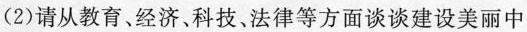
(2) 请从教育，经济、科技、法律等方面谈谈建设美丽